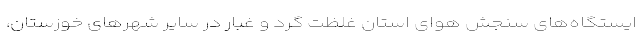
ایستگاه‌های سنجش هوای استان غلظت گرد و غبار در سایر شهرهای خوزستان،